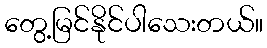
တွေ့မြင်နိုင်ပါသေးတယ်။